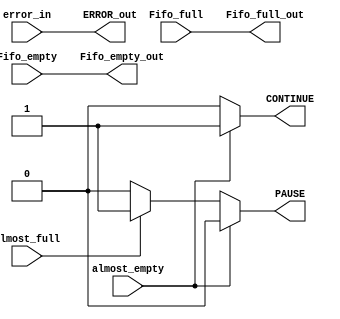
//IE-0523 Circuitos Digitales II
//Proyecto2. Flow Control.
//Elaborado por: Csar Valverde Zuiga	A86605		
//I Ciclo 2019

// Este mdulo genera las seales de empty=vaco full=lleno, generando seales de 
// PAUSA o CONTINUE para administar el flujo de datos en las (Memorias) PILAS.

//Existe un flow control para cada tipo de FIFO, es decir que hay un chip de Flow control dentrO.
module flow_control(
    input       almost_empty,
    input       almost_full,
    input       Fifo_empty,
    input       Fifo_full,
    input       error_in,

    output     Fifo_empty_out,
    output     Fifo_full_out,
    output reg PAUSE,
    output reg CONTINUE,
    output ERROR_out
);
    //Propaga la seal recibida
    assign ERROR_out      = error_in;
    assign Fifo_empty_out = Fifo_empty;
    assign Fifo_full_out  = Fifo_full;

    always @(*)
        if(almost_empty == 1) begin
            CONTINUE = 1;
            PAUSE    = 0;  
        end

        else if(almost_full == 1) begin
            CONTINUE = 0;
            PAUSE    = 1;
        end
        else begin
            CONTINUE = 0;
            PAUSE    = 0;
        end

endmodule